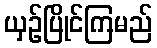
ယှဉ်ပြိုင်ကြမည်